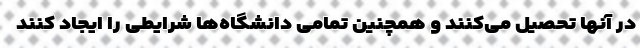
در آنها تحصیل می‌کنند و همچنین تمامی دانشگاه‌ها شرایطی را ایجاد کنند